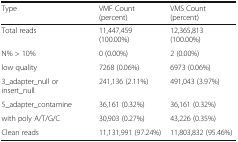
<table><thead><tr><td><b>Type</b></td><td><b>VMF Count (percent)</b></td><td><b>VMS Count (percent)</b></td></tr></thead><tbody><tr><td>Total reads</td><td>11,447,459 (100.00%)</td><td>12,365,813 (100.00%)</td></tr><tr><td>N% &gt; 10%</td><td>0 (0.00%)</td><td>2 (0.00%)</td></tr><tr><td>low quality</td><td>7268 (0.06%)</td><td>6973 (0.06%)</td></tr><tr><td>3_adapter_null or insert_null</td><td>241,136 (2.11%)</td><td>491,043 (3.97%)</td></tr><tr><td>5_adapter_contamine</td><td>36,161 (0.32%)</td><td>36,161 (0.32%)</td></tr><tr><td>with poly A/T/G/C</td><td>30,903 (0.27%)</td><td>43,226 (0.35%)</td></tr><tr><td>Clean reads</td><td>11,131,991 (97.24%)</td><td>11,803,832 (95.46%)</td></tr></tbody></table>